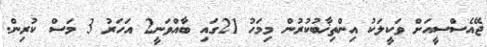
ޖޭއެސްސީއަށް ވަކީލަކު އިންތިޚާބުކުރުން މިމަހު 21ގައި ބާއްވަނީ2 އަހަރު 3 މަސް ކުރިން.